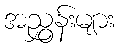
အညွှန်းများ